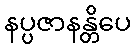
နပ္ပဇာနန္တိပေ